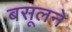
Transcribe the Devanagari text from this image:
बसूलने